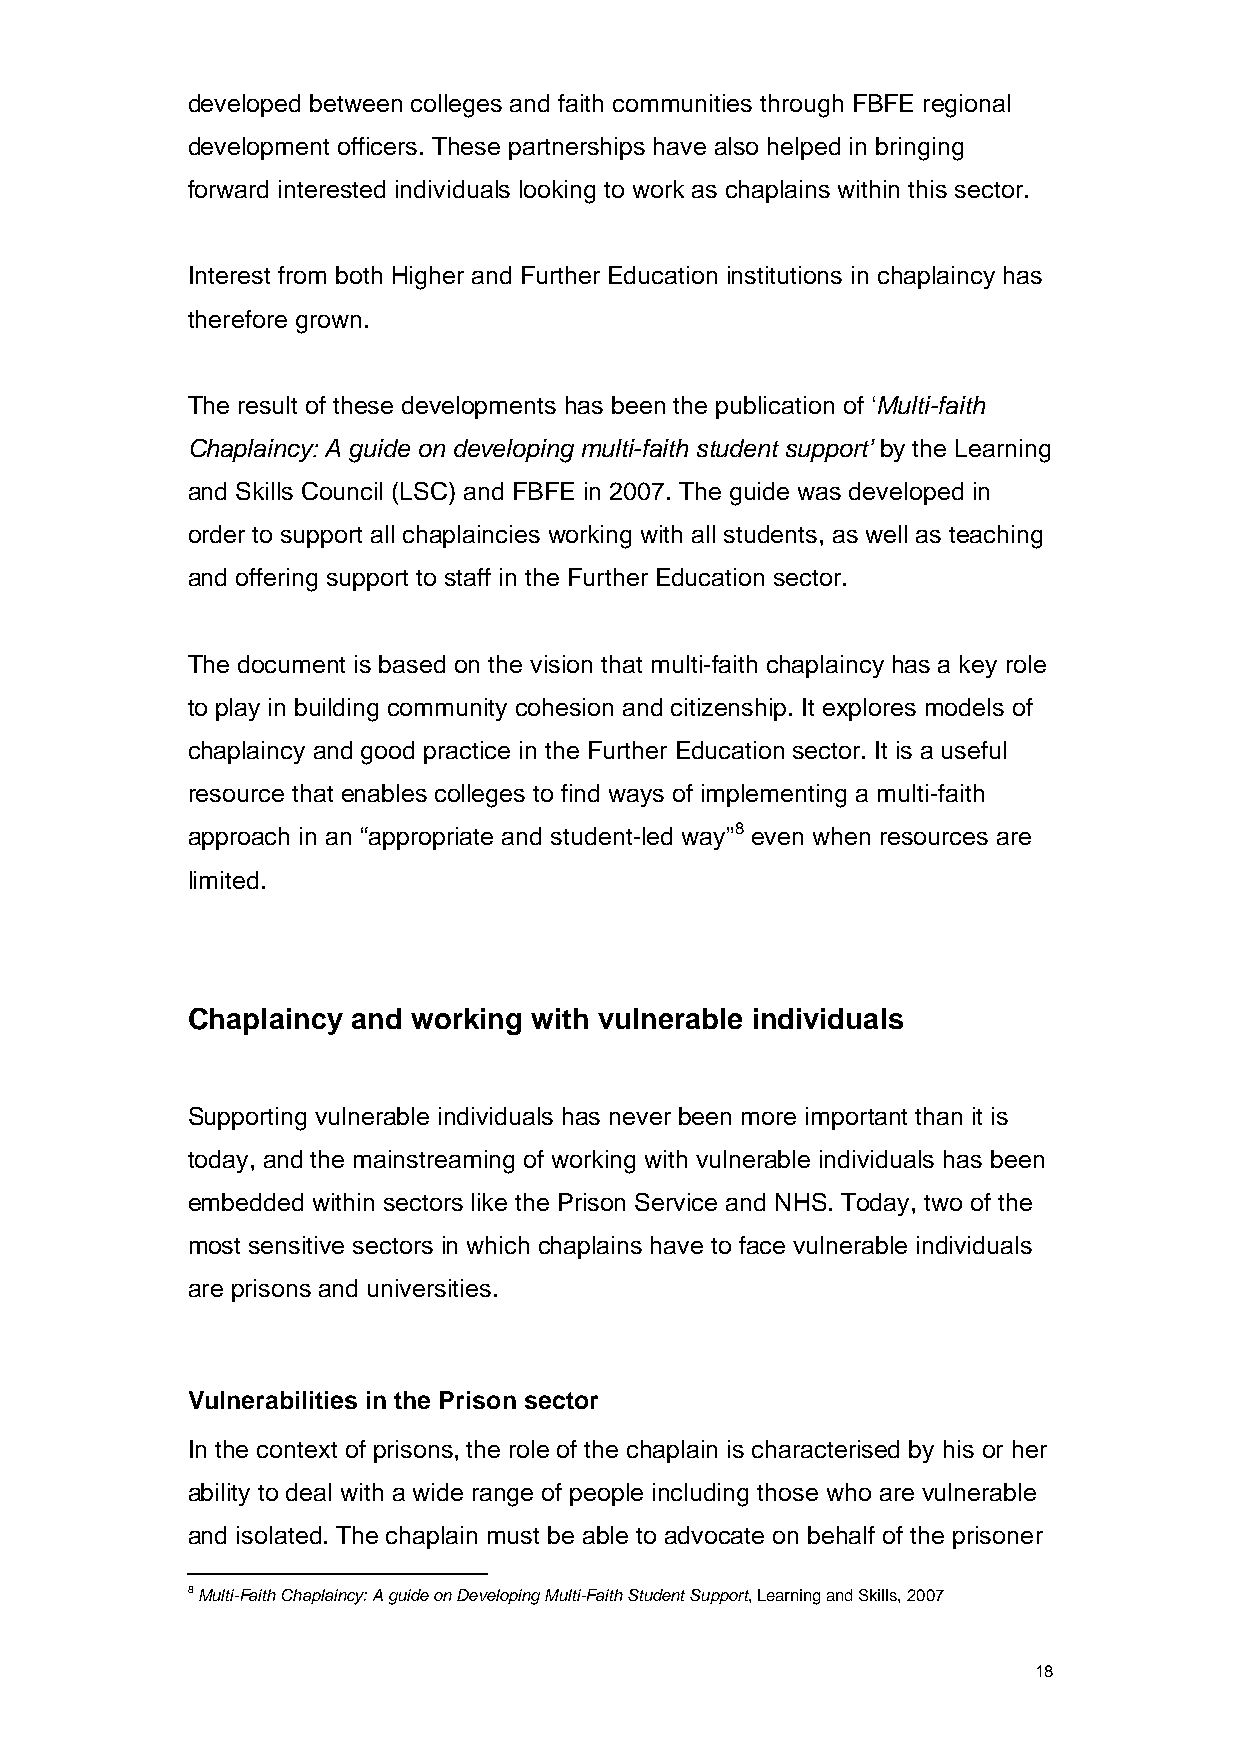
developed between colleges and faith communities through FBFE regional
 development officers. These partnerships have also helped in bringing
 forward interested individuals looking to work as chaplains within this sector.
 Interest from both Higher and Further Education institutions in chaplaincy has
 therefore grown.
 The result of these developments has been the publication of ‘Multi-faith
 Chaplaincy: A guide on developing multi-faith student support’ by the Learning
 and Skills Council (LSC) and FBFE in 2007. The guide was developed in
 order to support all chaplaincies working with all students, as well as teaching
 and offering support to staff in the Further Education sector.
 The document is based on the vision that multi-faith chaplaincy has a key role
 to play in building community cohesion and citizenship. It explores models of
 chaplaincy and good practice in the Further Education sector. It is a useful
 resource that enables colleges to find ways of implementing a multi-faith
 approach in an “appropriate and student-led way”8 even when resources are
 limited.
 Chaplaincy and working with vulnerable individuals
 Supporting vulnerable individuals has never been more important than it is
 today, and the mainstreaming of working with vulnerable individuals has been
 embedded within sectors like the Prison Service and NHS. Today, two of the
 most sensitive sectors in which chaplains have to face vulnerable individuals
 are prisons and universities.
 Vulnerabilities in the Prison sector
 In the context of prisons, the role of the chaplain is characterised by his or her
 ability to deal with a wide range of people including those who are vulnerable
 and isolated. The chaplain must be able to advocate on behalf of the prisoner
 8 Multi-Faith Chaplaincy: A guide on Developing Multi-Faith Student Support, Learning and Skills, 2007
 18